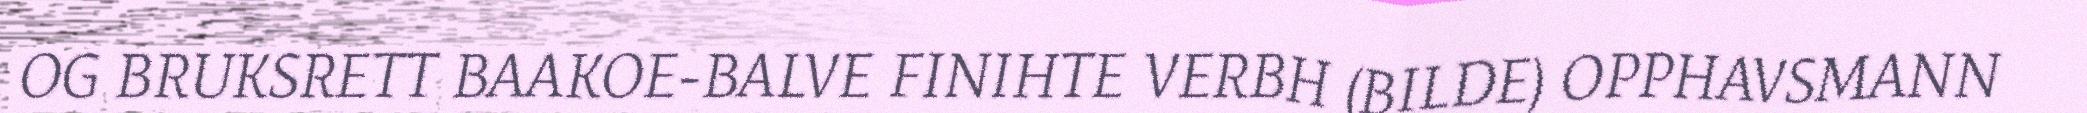
OG BRUKSRETT BAAKOE-BALVE FINIHTE VERBH (BILDE) OPPHAVSMANN